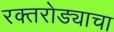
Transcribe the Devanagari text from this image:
रक्तरोड्याचा